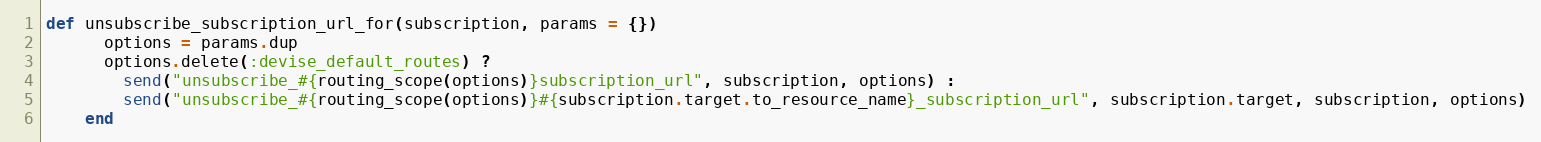
Language: Ruby
def unsubscribe_subscription_url_for(subscription, params = {})
      options = params.dup
      options.delete(:devise_default_routes) ?
        send("unsubscribe_#{routing_scope(options)}subscription_url", subscription, options) :
        send("unsubscribe_#{routing_scope(options)}#{subscription.target.to_resource_name}_subscription_url", subscription.target, subscription, options)
    end